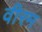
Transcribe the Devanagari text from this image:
वीरम